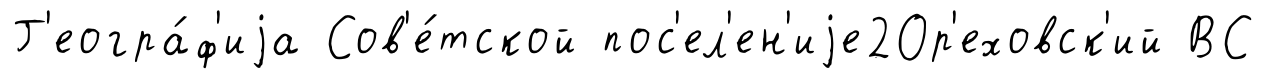
Г'еогра́ф'иjа Сов'е́тской пос'ел'ен'иjе2Ор'еховск'ий ВС